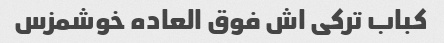
کباب ترکی اش فوق العاده خوشمزس